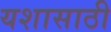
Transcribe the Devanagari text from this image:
यशासाठी